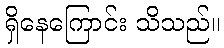
ရှိနေကြောင်း သိသည်။